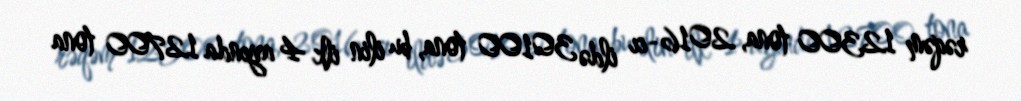
rəqəm 12300 tona, 2016-cı ildə 30100 tona, bu ilin ilk 4 ayında 12700 tona